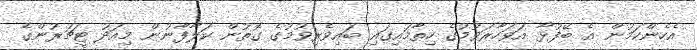
އެހެންކަމުން އެ ބޭފުޅާ އަވަހާރަވުމުގެ ހިތާމައިގައި ބައިވެރިވުމުގެ ގޮތުން ކަލާފާނުން މިއަދު ޓީޗަރުންގެ